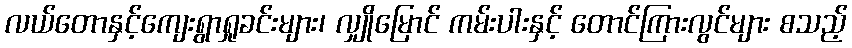
လယ်တောနှင့်ကျေးရွာရှုခင်းများ၊ လျှိုမြောင် ကမ်းပါးနှင့် တောင်ကြားလွင်များ စသည့်